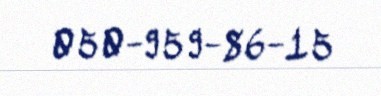
050-959-86-15